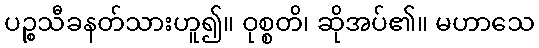
ပဉ္စသီခနတ်သားဟူ၍။ ဝုစ္စတိ၊ ဆိုအပ်၏။ မဟာသေ